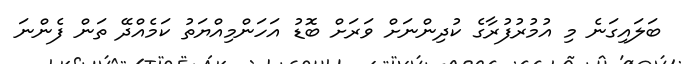
ބަލައިގަނެ މި އުމުރުފުރާގެ ކުދިންނަށް ވަރަށް ބޮޑު އަހަންމިއްޔަތު ކަމެއްދޭ ތަން ފެންނަ